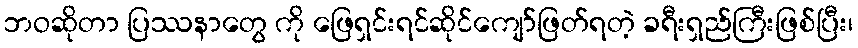
ဘဝဆိုတာ ပြဿနာတွေ ကို ဖြေရှင်းရင်ဆိုင်ကျော်ဖြတ်ရတဲ့ ခရီးရှည်ကြီးဖြစ်ပြီး၊